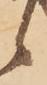
候